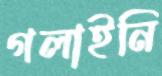
গলাইনি